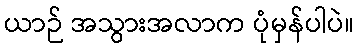
ယာဉ် အသွားအလာက ပုံမှန်ပါပဲ။